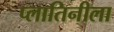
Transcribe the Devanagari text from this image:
प्लातिनीला